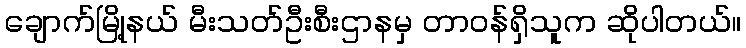
ချောက်မြို့နယ် မီးသတ်ဦးစီးဌာနမှ တာဝန်ရှိသူက ဆိုပါတယ်။